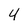
Character: 4